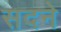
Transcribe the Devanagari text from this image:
सदने